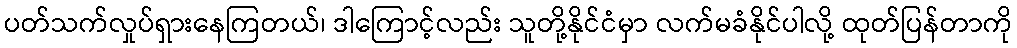
ပတ်သက်လှုပ်ရှားနေကြတယ်၊ ဒါကြောင့်လည်း သူတို့နိုင်ငံမှာ လက်မခံနိုင်ပါလို့ ထုတ်ပြန်တာကို